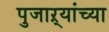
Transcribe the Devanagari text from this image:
पुजाऱ्यांच्या